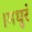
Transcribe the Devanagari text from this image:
।मधुरं